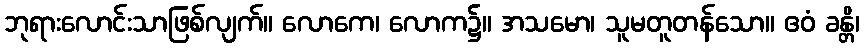
ဘုရားလောင်းသာဖြစ်လျက်။ လောကေ၊ လောက၌။ အသမော၊ သူမတူတန်သော။ ဧဝံ ခန္တိ၊